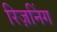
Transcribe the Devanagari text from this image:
रिज़निंग